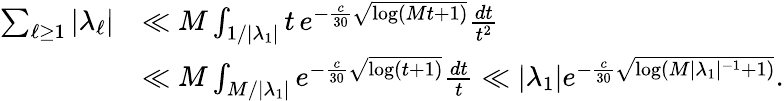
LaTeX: \begin{array}{rl}{\sum_{\ell\ge 1}|\lambda_{\ell}|}&{\ll M\int_{1/|\lambda_{1}|}t\, e^{-\frac{c}{30}\sqrt{\log(Mt+1)}}\frac{dt}{t^{2}}}\\ &{\ll M\int_{M/|\lambda_{1}|}e^{-\frac{c}{30}\sqrt{\log(t+1)}}\frac{dt}{t}\ll|\lambda_{1}|e^{-\frac{c}{30}\sqrt{\log(M|\lambda_{1}|^{-1}+1)}}.}\end{array}